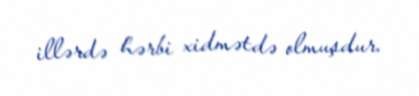
illərdə hərbi xidmətdə olmuşdur.